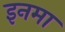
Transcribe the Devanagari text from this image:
इनमा